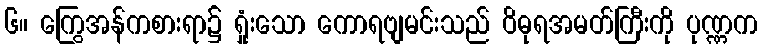
၆။ ကြွေအန်ကစားရာ၌ ရှုံးသော ကောရဗျမင်းသည် ဝိဓုရအမတ်ကြီးကို ပုဏ္ဏက